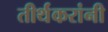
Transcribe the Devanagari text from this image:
तीर्थंकरांनी